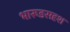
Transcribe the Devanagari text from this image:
भारूडसदृश